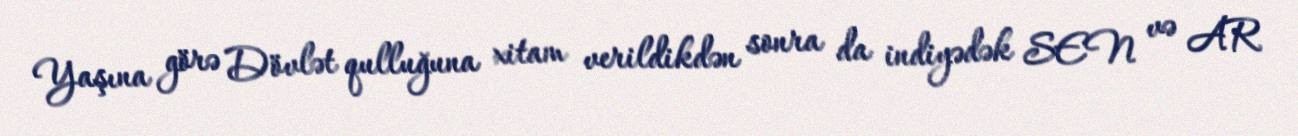
Yaşına görə Dövlət qulluğuna xitam verildikdən sonra da indiyədək SEN və AR